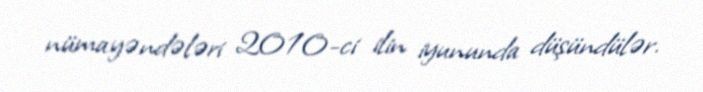
nümayəndələri 2010-ci ilin iyununda düşündülər.